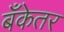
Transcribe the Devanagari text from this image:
बँकेतर